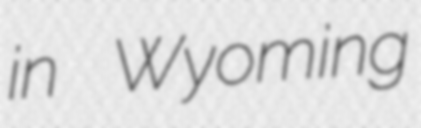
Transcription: in Wyoming